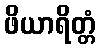
ဖိယာရိတ္တံ